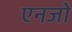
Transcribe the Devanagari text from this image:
एनजो